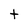
Character: t